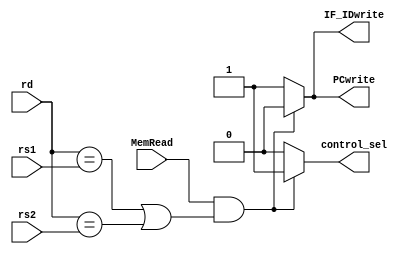
`timescale 1ns / 1ps
//////////////////////////////////////////////////////////////////////////////////
// Company: 
// Engineer: 
// 
// Design Name: 
// Module Name: hazard_detection
// Project Name: 
// Target Devices: 
// Tool Versions: 
// Description: 
// 
// Dependencies: 
// 
// Revision:
// Revision 0.01 - File Created
// Additional Comments:
// 
//////////////////////////////////////////////////////////////////////////////////


module hazard_detection(input [4:0] rd,
                        input [4:0] rs1,
                        input [4:0] rs2,
                        input MemRead,
                        output reg PCwrite,
                        output reg IF_IDwrite,
                        output reg control_sel);
                        
    always @(*) begin
        if(MemRead == 1 && ((rd == rs1) || (rd == rs2))) begin
            control_sel = 1;
            PCwrite = 0;
            IF_IDwrite = 0;     
        end
        else begin
            control_sel = 0;
            PCwrite = 1;
            IF_IDwrite = 1;
        end
    end        
endmodule